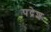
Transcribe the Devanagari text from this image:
पद्रेश